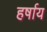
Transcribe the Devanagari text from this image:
हर्षाय